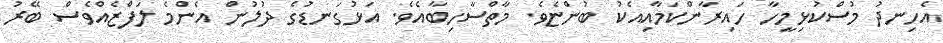
އެހިނދު މުސްކުޅިމީހާ ހައިރާންކަމާއިއެކު ބުންޏެވެ. މާތްސާހިބާއެވެ. އަޅުގަނޑުގެ ދުލުން އެންމެ ލަފްޒެއްވެސް ބޭރު